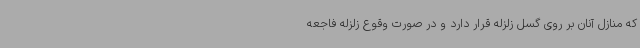
که منازل آنان بر روی گسل زلزله قرار دارد و در صورت وقوع زلزله فاجعه